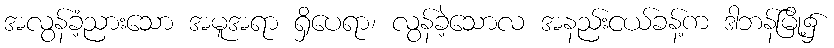
အလွန်ခံ့ညားသော အမူအရာ ရှိပေရာ၊ လွန်ခဲ့သောလ အနည်းငယ်ခန့်က ဒါဘန်မြို့၌